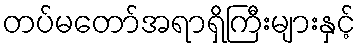
တပ်မတော်အရာရှိကြီးများနှင့်